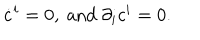
LaTeX: \dot { c } ^ { i } = 0 , \mathrm { ~ a n d ~ } \partial _ { i } c ^ { i } = 0 .